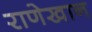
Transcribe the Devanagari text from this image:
राणेखान